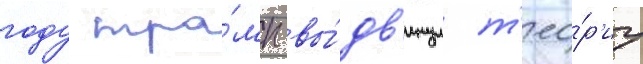
году тра́мп вы́дв'инул т'ео́р'иу